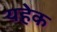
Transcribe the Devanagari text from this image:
यहेक